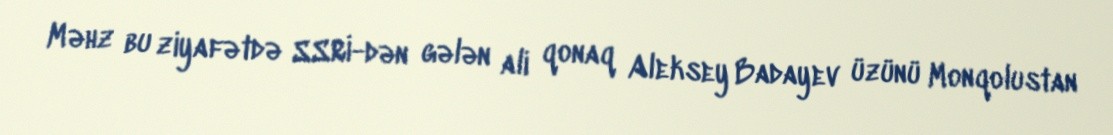
Məhz bu ziyafətdə SSRİ-dən gələn ali qonaq Aleksey Badayev üzünü Monqolustan